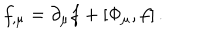
LaTeX: f _ { , \mu } = \partial _ { \mu } f + [ \Phi _ { \mu } , f ] \, .